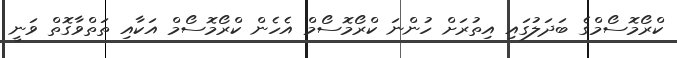
ކްރޯމޮސޯމްގެ ބަދަލުގައި އިތުރަށް ހުންނަ ކްރޯމޮސޯމް އެހެން ކްރޯމޮސޯމް އަކާއި ތަތްވާގޮތް ވަނީ